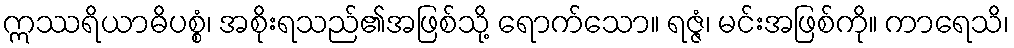
ဣဿရိယာဓိပစ္စံ၊ အစိုးရသည်၏အဖြစ်သို့ ရောက်သော။ ရဇ္ဇံ၊ မင်းအဖြစ်ကို။ ကာရေသိ၊